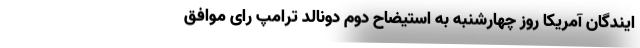
ایندگان آمریکا روز چهارشنبه به استیضاح دوم دونالد ترامپ رای موافق